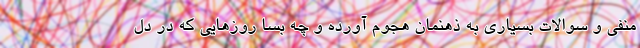
منفی و سوالات بسیاری به ذهنمان هجوم آورده و چه بسا روزهایی که در دل